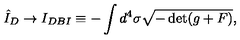
\hat { I } _ { D } \rightarrow I _ { D B I } \equiv - \int d ^ { 4 } \sigma \sqrt { - \det ( g + F ) } ,